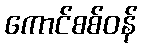
ကောင်စစ်ဝန်